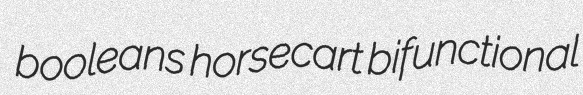
booleans horsecart bifunctional